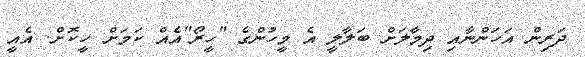
ދަރިން އަހަންނާއި ދިމާލަށް ބަލާލީ އެ މީހުންގެ "ހީރޯ"އެއް ކަމަށް ހީކޮށް. އެއީ